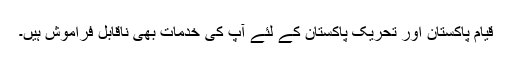
قیام پاکستان اور تحریک پاکستان کے لئے آپ کی خدمات بھی ناقابل فراموش ہیں۔